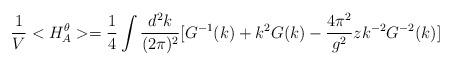
LaTeX: \begin{align*}\frac{1}{V}<H_A^{\theta}>=\frac{1}{4} \int \frac{d^2 k}{(2\pi)^2}[G^{-1}(k) + k^2 G(k) -\frac{4\pi^2}{g^2} z k^{-2}G^{-2}(k)]\end{align*}